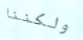
ولكننا